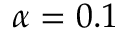
\alpha = 0 . 1